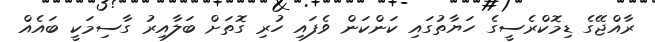
ރާއްޖޭގެ ޑިމޮކްރެސީގެ ހަޔާތުގައި ކަންކަން ވެފައި ހުރި ގޮތަށް ބަލާއިރު ގާސިމަކީ ބައެއް